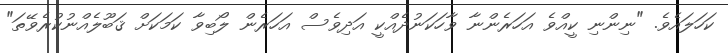
ކަހަލައެވެ. "ނިންނި ކީއްވެ އަހަރެންނާ ވާހަކަނުދެއްކީ އަދިވެސް އަހަރެން ލޯބިވާ ކަމަކަށް ޤަބޫލެއްނުކުރެވޭތަ"